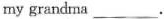
my grandma___.